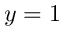
y = 1